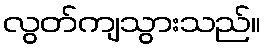
လွတ်ကျသွားသည်။